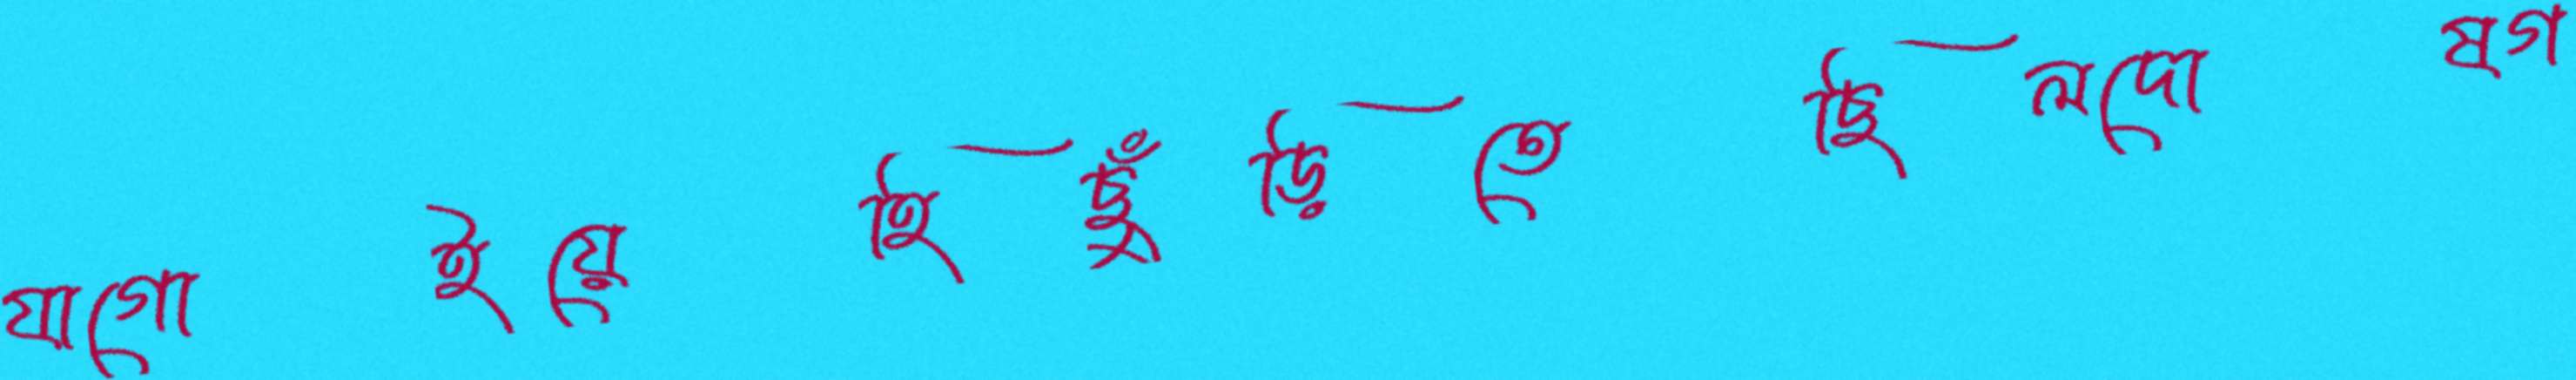
যাগোইয়েহিছুঁড়িতেছিলদোষগ